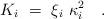
LaTeX: \begin{align*}K_i ~=~\xi_i ~\kappa_i^2 \quad . \end{align*}